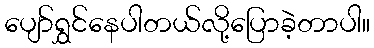
ပျော်ရွှင်နေပါတယ်လို့ပြောခဲ့တာပါ။